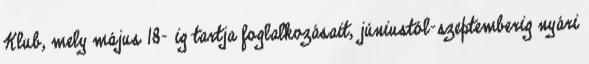
Klub, mely május 18- ig tartja foglalkozásait, júniustól-szeptemberig nyári